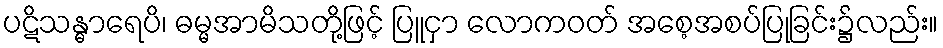
ပဋိသန္ဓာရေပိ၊ ဓမ္မအာမိသတို့ဖြင့် ပြူငှာ လောကဝတ် အစေ့အစပ်ပြုခြင်း၌လည်း။